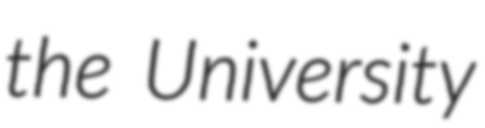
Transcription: the University